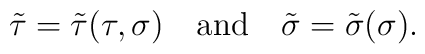
\tilde{\tau} = \tilde{\tau}(\tau,\sigma)\quad\mbox{and}\quad\tilde{\sigma} = \tilde{\sigma}(\sigma).